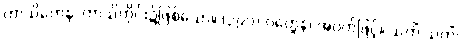
ကာသိကေန၊ ကာသိတိုင်း၌ဖြစ်သော။ (၃၉၀) ဝတ္ထေန၊ အဝတ်ဖြင့်။ သကိံ သကိံ၊